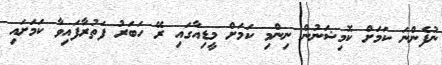
ނުފެންނަ ކަމަށް ކޮމިޝަނުން ނިންމި ކަމަށް މީޑިއާގައި ރޭ ހަބަރު ފަތުރާފައިވާ ކަމަށައި